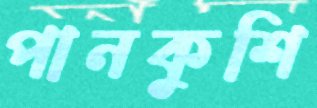
পানকুশি